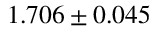
1 . 7 0 6 \pm 0 . 0 4 5